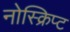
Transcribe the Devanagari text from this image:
नोस्क्रिप्ट